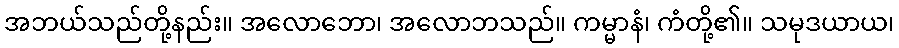
အဘယ်သည်တို့နည်း။ အလောဘော၊ အလောဘသည်။ ကမ္မာနံ၊ ကံတို့၏။ သမုဒယာယ၊